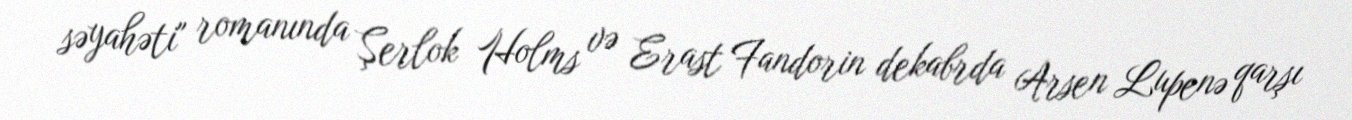
səyahəti" romanında Şerlok Holms və Erast Fandorin dekabrda Arsen Lupenə qarşı